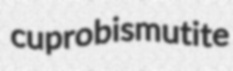
cuprobismutite